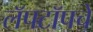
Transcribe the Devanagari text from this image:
लॅपटॉपचे